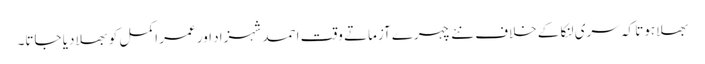
بھلا ہوتا کہ سری لنکا کے خلاف نئے چہرے آزماتے وقت احمد شہزاد اور عمر اکمل کو بھلا دیا جاتا۔